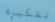
تفكيره